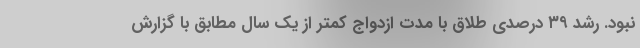
نبود. رشد ۳۹ درصدی طلاق با مدت ازدواج کمتر از یک سال مطابق با گزارش